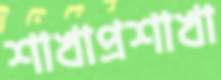
শাখাপ্রশাখা